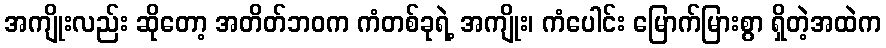
အကျိုးလည်း ဆိုတော့ အတိတ်ဘဝက ကံတစ်ခုရဲ့ အကျိုး၊ ကံပေါင်း မြောက်မြားစွာ ရှိတဲ့အထဲက